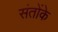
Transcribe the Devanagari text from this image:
संतोंके